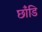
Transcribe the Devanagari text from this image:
छाँडि